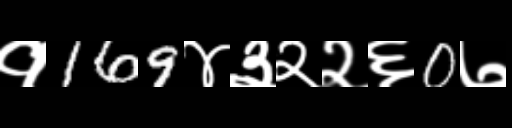
Text: १169४३२२६0७